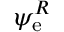
\psi _ { \mathrm { e } } ^ { R }